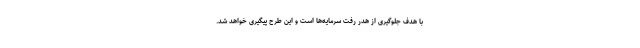
با هدف جلوگیری از هدر رفت سرمایه‌ها است و این طرح پیگیری خواهد شد.